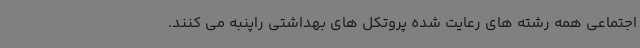
اجتماعی همه رشته های رعایت شده پروتکل های بهداشتی راپنبه می کنند.